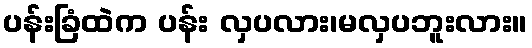
ပန်းခြံထဲက ပန်း လှပလား၊မလှပဘူးလား။